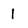
Character: 1